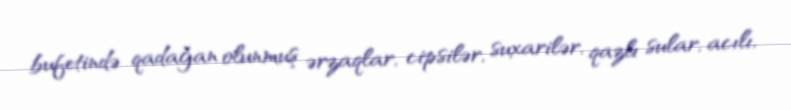
bufetində qadağan olunmuş ərzaqlar, cipsilər, suxarilər, qazlı sular, acılı,